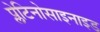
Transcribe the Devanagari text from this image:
प्लेटिनोसाइनाइड